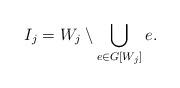
LaTeX: \begin{align*}I_j=W_j\setminus \bigcup_{e\in G[W_j]}e.\end{align*}